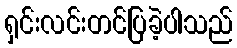
ရှင်းလင်းတင်ပြခဲ့ပါသည်